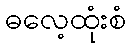
ဓလေ့ထုံးစံ